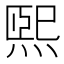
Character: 煕